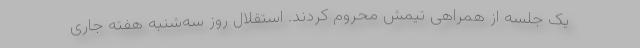
یک جلسه از همراهی تیمش محروم کردند. استقلال روز سه‌شنبه هفته جاری